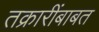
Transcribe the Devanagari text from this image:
तक्रारींबाबत